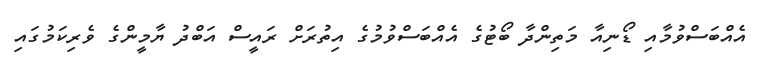
އެއްބަސްވުމާއި ޑޯނިއާ މަތިންދާ ބޯޓުގެ އެއްބަސްވުމުގެ އިތުރަށް ރައީސް އަބްދު ޔާމީންގެ ވެރިކަމުގައި